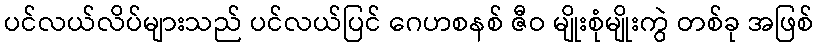
ပင်လယ်လိပ်များသည် ပင်လယ်ပြင် ဂေဟစနစ် ဇီဝ မျိုးစုံမျိုးကွဲ တစ်ခု အဖြစ်